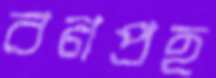
বনপ্রহ